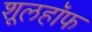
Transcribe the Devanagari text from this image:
शूलहॉफ